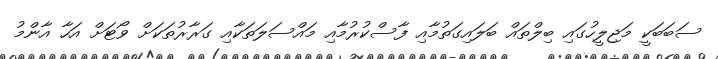
ސަބަބަކީ މަޖިލީހުގައި ބިލްތައް ބަލައިގަތުމާއި ފާސްކުރުމާއި މައްސަލަތަކާއި ގަރާރުތަކަށް ވޯޓަށް އަހާ އާންމު